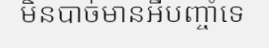
មិនបាច់មានអីបញ្ចាំទេ